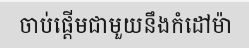
ចាប់ផ្តើមជាមួយនឹងកំដៅម៉ា